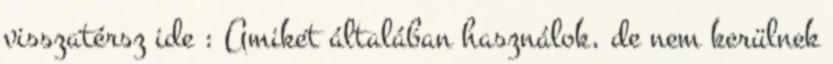
visszatérsz ide : Amiket általában használok, de nem kerülnek